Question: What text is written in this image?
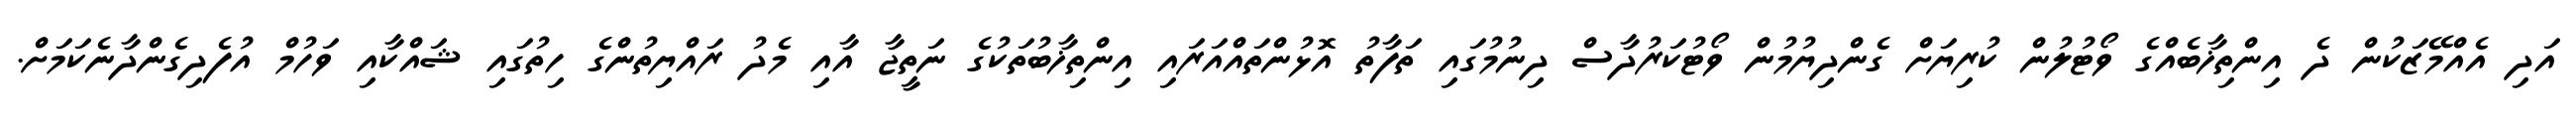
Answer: އަދި އެއްމޭޒަކުން ދެ އިންތިޚާބެއްގެ ވޯޓުލުން ކުރިޔަށް ގެންދިޔުމުން ވޯޓުކަރުދާސް ދިނުމުގައި ތަފާތު އޮޅުންތައްއަރައި އިންތިޚާބުތަކުގެ ނަތީޖާ އާއި މެދު ރައްޔިތުންގެ ހިތުގައި ޝައްކާއި ވަހުމް އުފެދިގެންދާނެކަމަށް.